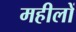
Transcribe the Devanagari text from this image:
महीलों